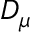
D _ { \mu }